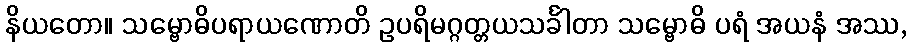
နိယတော။ သမ္ဗောဓိပရာယဏောတိ ဥပရိမဂ္ဂတ္တယသင်္ခါတာ သမ္ဗောဓိ ပရံ အယနံ အဿ,